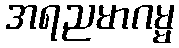
အရညမာဂမ္မ